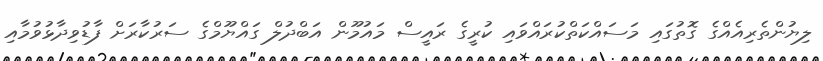
ލިޔުންތެރިއެއްގެ ގޮތުގައި މަސައްކަތްކުރައްވައި ކުރީގެ ރައީސް މައުމޫން އަބްދުލް ގައްޔޫމްގެ ސަރުކާރަށް ފާޑުވިދާޅުވުމާއި